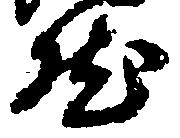
然